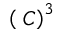
\left( \mathbf { \nabla } C \right) ^ { 3 }